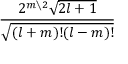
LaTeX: \frac { 2 ^ { m \setminus 2 } { \sqrt { 2 l + 1 } } } { \sqrt { ( l + m ) ! ( l - m ) ! } }